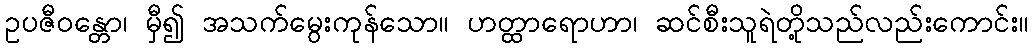
ဥပဇီဝန္တော၊ မှီ၍ အသက်မွေးကုန်သော။ ဟတ္ထာရောဟာ၊ ဆင်စီးသူရဲတို့သည်လည်းကောင်း။